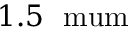
1 . 5 ~ \mathrm { \ m u m }